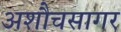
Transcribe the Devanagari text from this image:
अशौचसागर